Lunatic asylums Punjab 1881-1894 - 1881-1894
Year: 1881
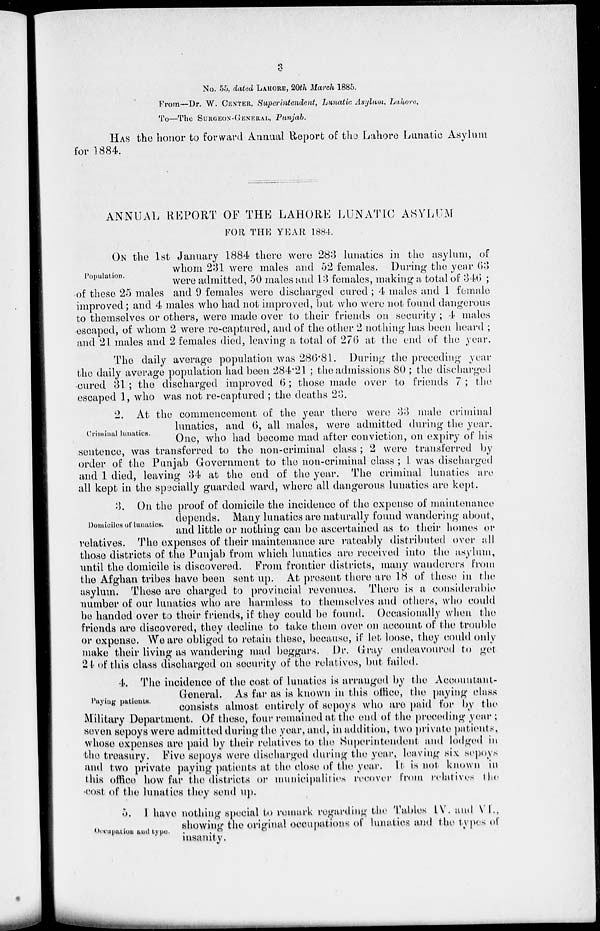
3
No. 55, dated LAHORE, 20th March 1885.
From—Dr. W. CENTER, Superintendent, Lunatic Asylum, Lahore,
To—The SURGEON-GENERAL, Punjab.
HAS the honor to forward Annual Report of the Lahore Lunatic Asylum
for 1884.
ANNUAL REPORT OF THE LAHORE LUNATIC ASYLUM
FOR THE YEAR 1884.
Population.
ON the 1st January 1884 there were 283 lunatics in the asylum, of
whom 231 were males and 52 females. During the year 63
were admitted, 50 males and 13 females, making a total of 346 ;
of these 25 males and 9 females were discharged cured; 4 males and 1 female
improved; and 4 males who had not improved, but who were not found dangerous
to themselves or others, were made over to their friends on security; 4 males
escaped, of whom 2 were re-captured, and of the other 2 nothing has been heard ;
and 21 males and 2 females died, leaving a total of 276 at the end of the year.
The daily average population was 286.81. During the preceding year
the daily average population had been 284.21 ; the admissions 80 ; the discharged
cured 31 ; the discharged improved 6; those made over to friends 7 ; the
escaped 1, who was not re-captured ; the deaths 23.
Criminal lunatics.
2. At the commencement of the year there were 33 male criminal
lunatics, and 6, all males, were admitted during the year.
One, who had become mad after conviction, on expiry of his
sentence, was transferred to the non-criminal class ; 2 were transferred by
order of the Punjab Government to the non-criminal class; 1 was discharged
and 1 died, leaving 34 at the end of the year. The criminal lunatics are
all kept in the specially guarded ward, where all dangerous lunatics are kept.
Domiciles of lunatics.
3. On the proof of domicile the incidence of the expense of maintenance
depends. Many lunatics are naturally found wandering about,
and little or nothing can be ascertained as to their homes or
relatives. The expenses of their maintenance are rateably distributed over all
those districts of the Punjab from which lunatics are received into the asylum,
until the domicile is discovered. From frontier districts, many wanderers from
the Afghan tribes have been sent up. At present there are 18 of these in the
asylum. These are charged to provincial revenues. There is a considerable
number of our lunatics who are harmless to themselves and others, who could
be handed over to their friends, if they could be found. Occasionally when the
friends are discovered, they decline to take them over on account of the trouble
or expense. We are obliged to retain these, because, if let loose, they could only
make their living as wandering mad beggars. Dr. Gray endeavoured to get
24 of this class discharged on security of the relatives, but failed.
Paying patients.
4. The incidence of the cost of lunatics is arranged by the Accountant-
General. As far as is known in this office, the paying class
consists almost entirely of sepoys who are paid for by the
Military Department. Of these, four remained at the end of the preceding year ;
seven sepoys were admitted during the year, and, in addition, two private patients,
whose expenses are paid by their relatives to the Superintendent and lodged in
the treasury. Five sepoys were discharged during the year, leaving six sepoys
and two private paying patients at the close of the year. It is not known in
this office how far the districts or municipalities recover from relatives the
cost of the lunatics they send up.
Occupation and type.
5. I have nothing special to remark regarding the Tables IV. and VI.,
showing the original occupations of lunatics and the types of
insanity.